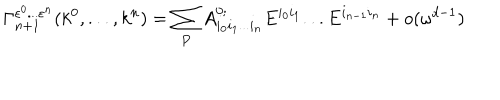
LaTeX: \Gamma _ { n + 1 } ^ { \varepsilon ^ { 0 } . . . \varepsilon ^ { n } } ( k ^ { 0 } , . . . , k ^ { n } ) = \sum _ { P } A _ { i _ { 0 } i _ { 1 } . . . i _ { n } } ^ { 0 ; } E ^ { i _ { 0 } i _ { 1 } } . . . E ^ { i _ { n - 1 } i _ { n } } + o ( \omega ^ { d - 1 } )